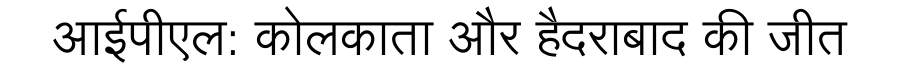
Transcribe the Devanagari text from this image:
आईपीएल: कोलकाता और हैदराबाद की जीत